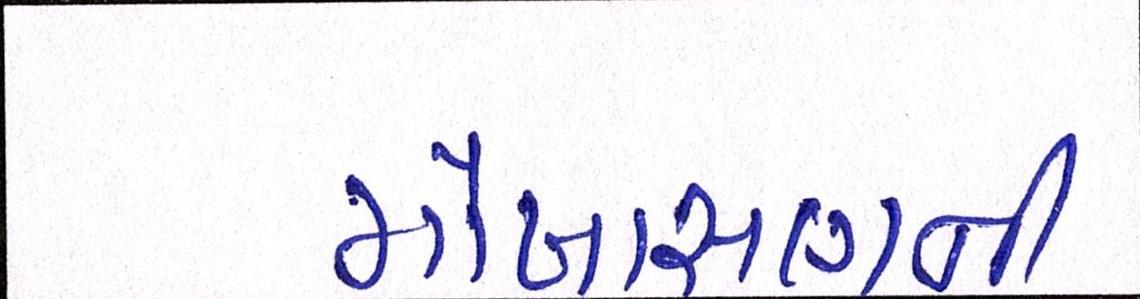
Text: મોખાસણની